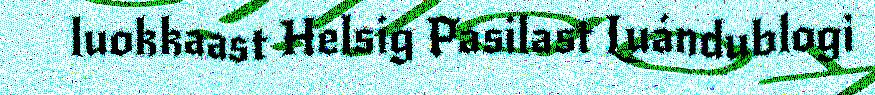
luokkaast Helsig Pasilast Luándublogi